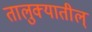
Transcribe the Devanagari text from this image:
तालुक्यातील्